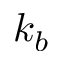
k _ { b }